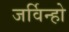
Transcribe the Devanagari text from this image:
जर्विन्हो